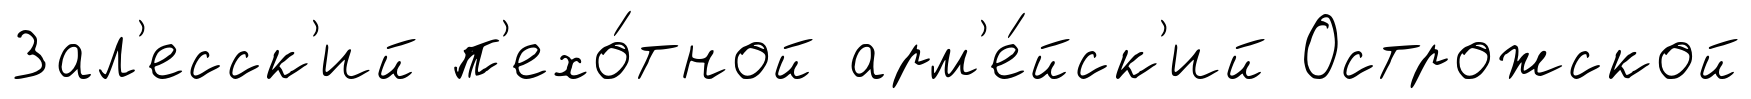
Зал'есск'ий п'ехо́тной арм'е́йск'ий Острожской